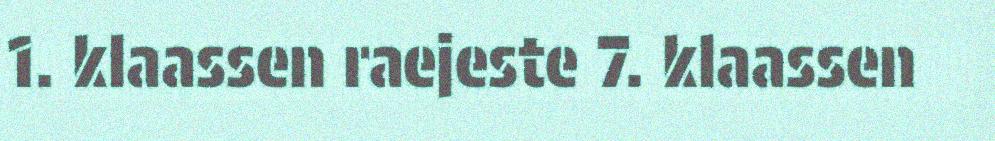
1. klaassen raejeste 7. klaassen